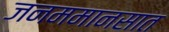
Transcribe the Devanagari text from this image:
जनममानसात